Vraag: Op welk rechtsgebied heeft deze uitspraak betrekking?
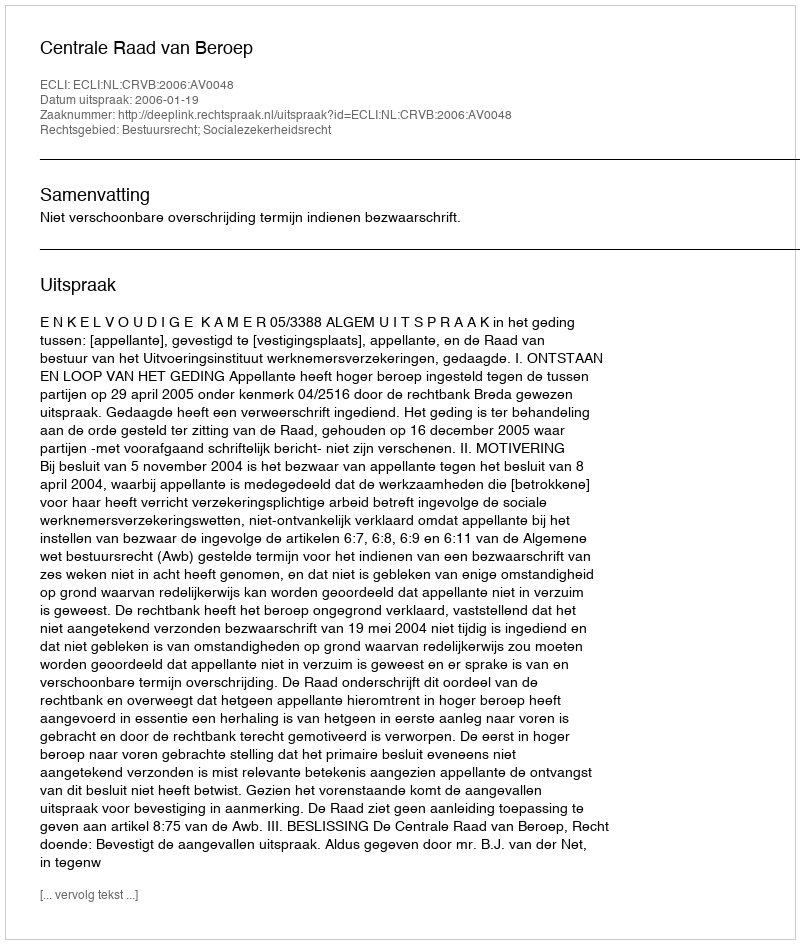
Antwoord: Bestuursrecht; Socialezekerheidsrecht